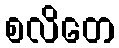
စလိတေ